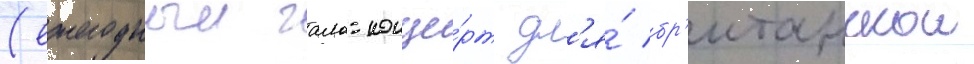
(ежегодныи гала-конце́рт дл'я́ бр'итанскои